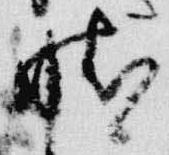
晴